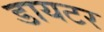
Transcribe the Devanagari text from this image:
डायटर